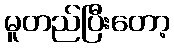
မူတည်ပြီးတော့